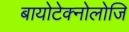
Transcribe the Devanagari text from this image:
बायोटेक्नोलोजि